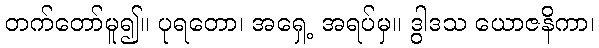
တက်တော်မူ၍။ ပုရတော၊ အရှေ့ အရပ်မှ။ ဒွါဒသ ယောဇနိကာ၊